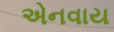
એનવાય